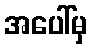
အပေါ်မှ